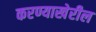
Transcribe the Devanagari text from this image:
करण्याखेरील